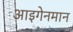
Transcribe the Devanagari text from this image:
आइगेनमान